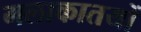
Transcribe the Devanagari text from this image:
मलाकातयों